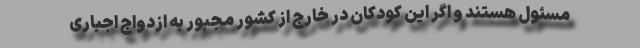
مسئول هستند و اگر این کودکان در خارج از کشور مجبور به ازدواج اجباری